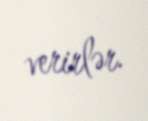
verirlər.